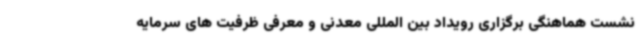
نشست هماهنگی برگزاری رویداد بین المللی معدنی و معرفی ظرفیت های سرمایه